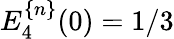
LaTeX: E_{4}^{\{ n\} }(0)=1/3